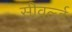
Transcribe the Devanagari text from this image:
सीवर्ल्ड